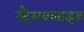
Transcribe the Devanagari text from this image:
स्ट्रैथक्लाइड